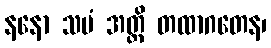
နနော သမံ အတ္ထိ တထာဂတေန၊